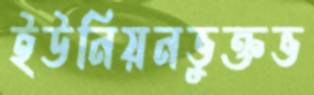
ইউনিয়নভুক্তভ